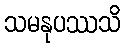
သမနုပဿသိ